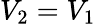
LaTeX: V_{2}=V_{1}